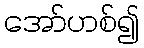
အော်ဟစ်၍